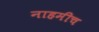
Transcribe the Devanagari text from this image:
नाहमीच